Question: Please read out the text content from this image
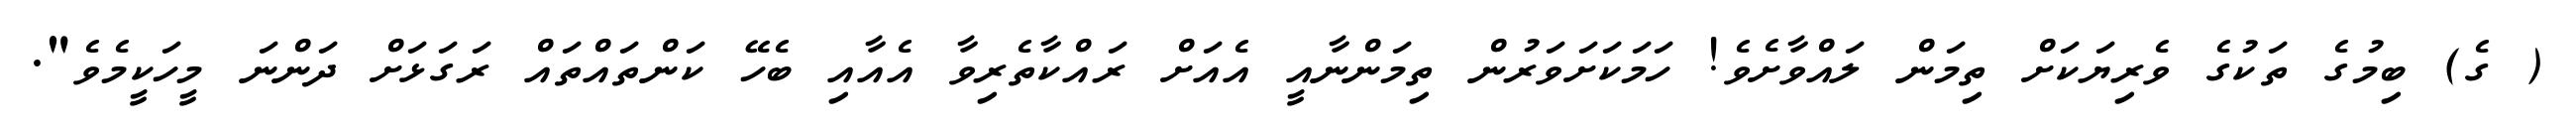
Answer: ( ގެ) ބިމުގެ ތަކުގެ ވެރިޔަކަށް ތިމަން ލައްވާށެވެ! ހަމަކަށަވަރުން ތިމަންނާއީ އެއަށް ރައްކާތެރިވާ އެއާއި ބެހޭ ކަންތައްތައް ރަގަޅަށް ދަންނަ މީހަކީމެވެ".